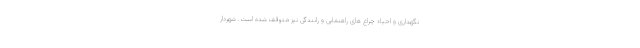
نگهداری و احیاءِ چراغ های راهنمایی و رانندگی نیز متوقف شده است. شهردار